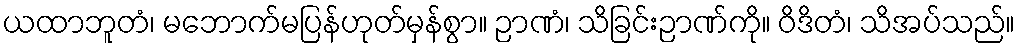
ယထာဘူတံ၊ မဘောက်မပြန်ဟုတ်မှန်စွာ။ ဉာဏံ၊ သိခြင်းဉာဏ်ကို။ ဝိဒိတံ၊ သိအပ်သည်။